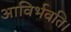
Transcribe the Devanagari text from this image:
आविर्भवति।